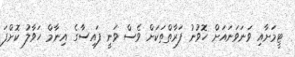
ޓީމަށާއި ވަނަވަނައަށް ހޮވުނު ފަރާތްތަކަށް ވެސް ވަނީ ފައިސާގެ އިނާމް ހަވާލު ކޮށްފަ